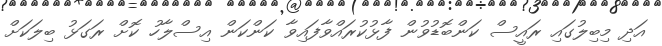
އަދި މިބިލުގައި ރައީސް ކަންބޮޑުވުން ފާޅުކުރައްވާފައިވާ ކަންކަން އިސްލާހު ކޮށް ރަގަޅު ބިލަކަށް